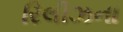
રિલીઝના